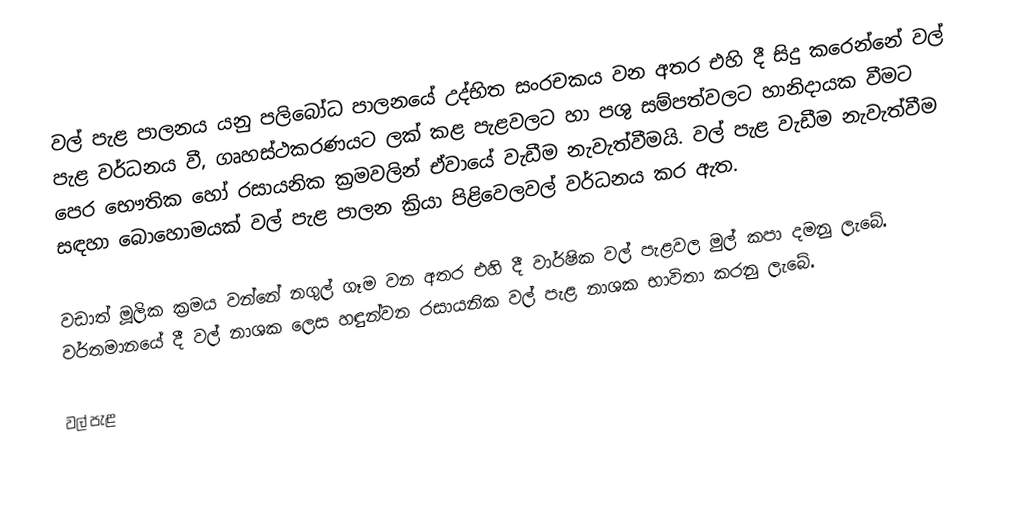
වල් පැළ පාලනය යනු පලිබෝධ පාලනයේ උද්භිත සංරචකය වන අතර එහි දී සිදු කරෙන්නේ වල් පැළ වර්ධනය වී, ගෘහස්ථකරණයට ලක් කළ පැළවලට හා පශු සම්පත්වලට හානිදායක වීමට පෙර භෞතික හෝ රසායනික ක්‍රමවලින් ඒවායේ වැඩීම නැවැත්වීමයි. වල් පැළ වැඩීම නැවැත්වීම සඳහා බොහොමයක් වල් පැළ පාලන ක්‍රියා පිළිවෙලවල් වර්ධනය කර ඇත.

වඩාත් මූලික ක්‍රමය වන්නේ නගුල් ගෑම වන අතර එහි දී වාර්ෂික වල් පැළවල මුල් කපා දමනු ලැබේ. වර්තමානයේ දී වල් නාශක ලෙස හඳුන්වන රසායනික වල් පැළ නාශක භාවිතා කරනු ලැබේ.

වල් පැළ